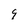
Character: 9